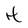
Character: H